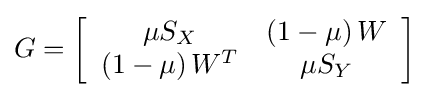
G=\left[{\begin{array}{cc}\mu S_{X}&\left(1-\mu \right)W\\\left(1-\mu \right)W^{T}&\mu S_{Y}\end{array}}\right]